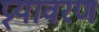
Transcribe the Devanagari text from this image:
प्र्यावरण